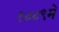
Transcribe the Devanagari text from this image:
१८८९में